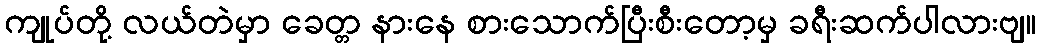
ကျုပ်တို့ လယ်တဲမှာ ခေတ္တ နားနေ စားသောက်ပြီးစီးတော့မှ ခရီးဆက်ပါလားဗျ။